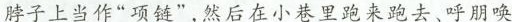
脖子上当作“项链”,然后在小巷里跑来跑去、呼朋唤